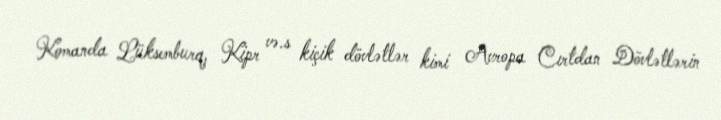
Komanda Lüksemburq, Kipr və.s kiçik dövlətlər kimi Avropa Cırtdan Dövlətlərin